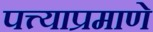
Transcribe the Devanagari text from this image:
पत्त्याप्रमाणे